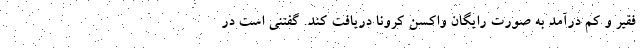
فقیر و کم درآمد به صورت رایگان واکسن کرونا دریافت کند. گفتنی است در